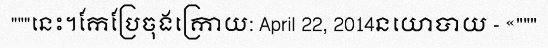
"""នេះ។កែប្រែចុងក្រោយ: April 22, 2014នយោបាយ - «"""